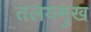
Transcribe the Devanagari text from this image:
तलयमुख